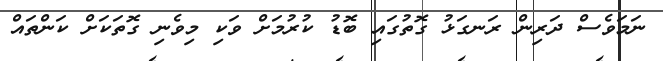
ނަމަވެސް ދަރިން ރަނގަޅު ގޮތުގައި ބޮޑު ކުރުމަށް ވަކި މިވެނި ގޮތަކަށް ކަންތައް